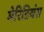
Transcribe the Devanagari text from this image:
मेरिडियंस